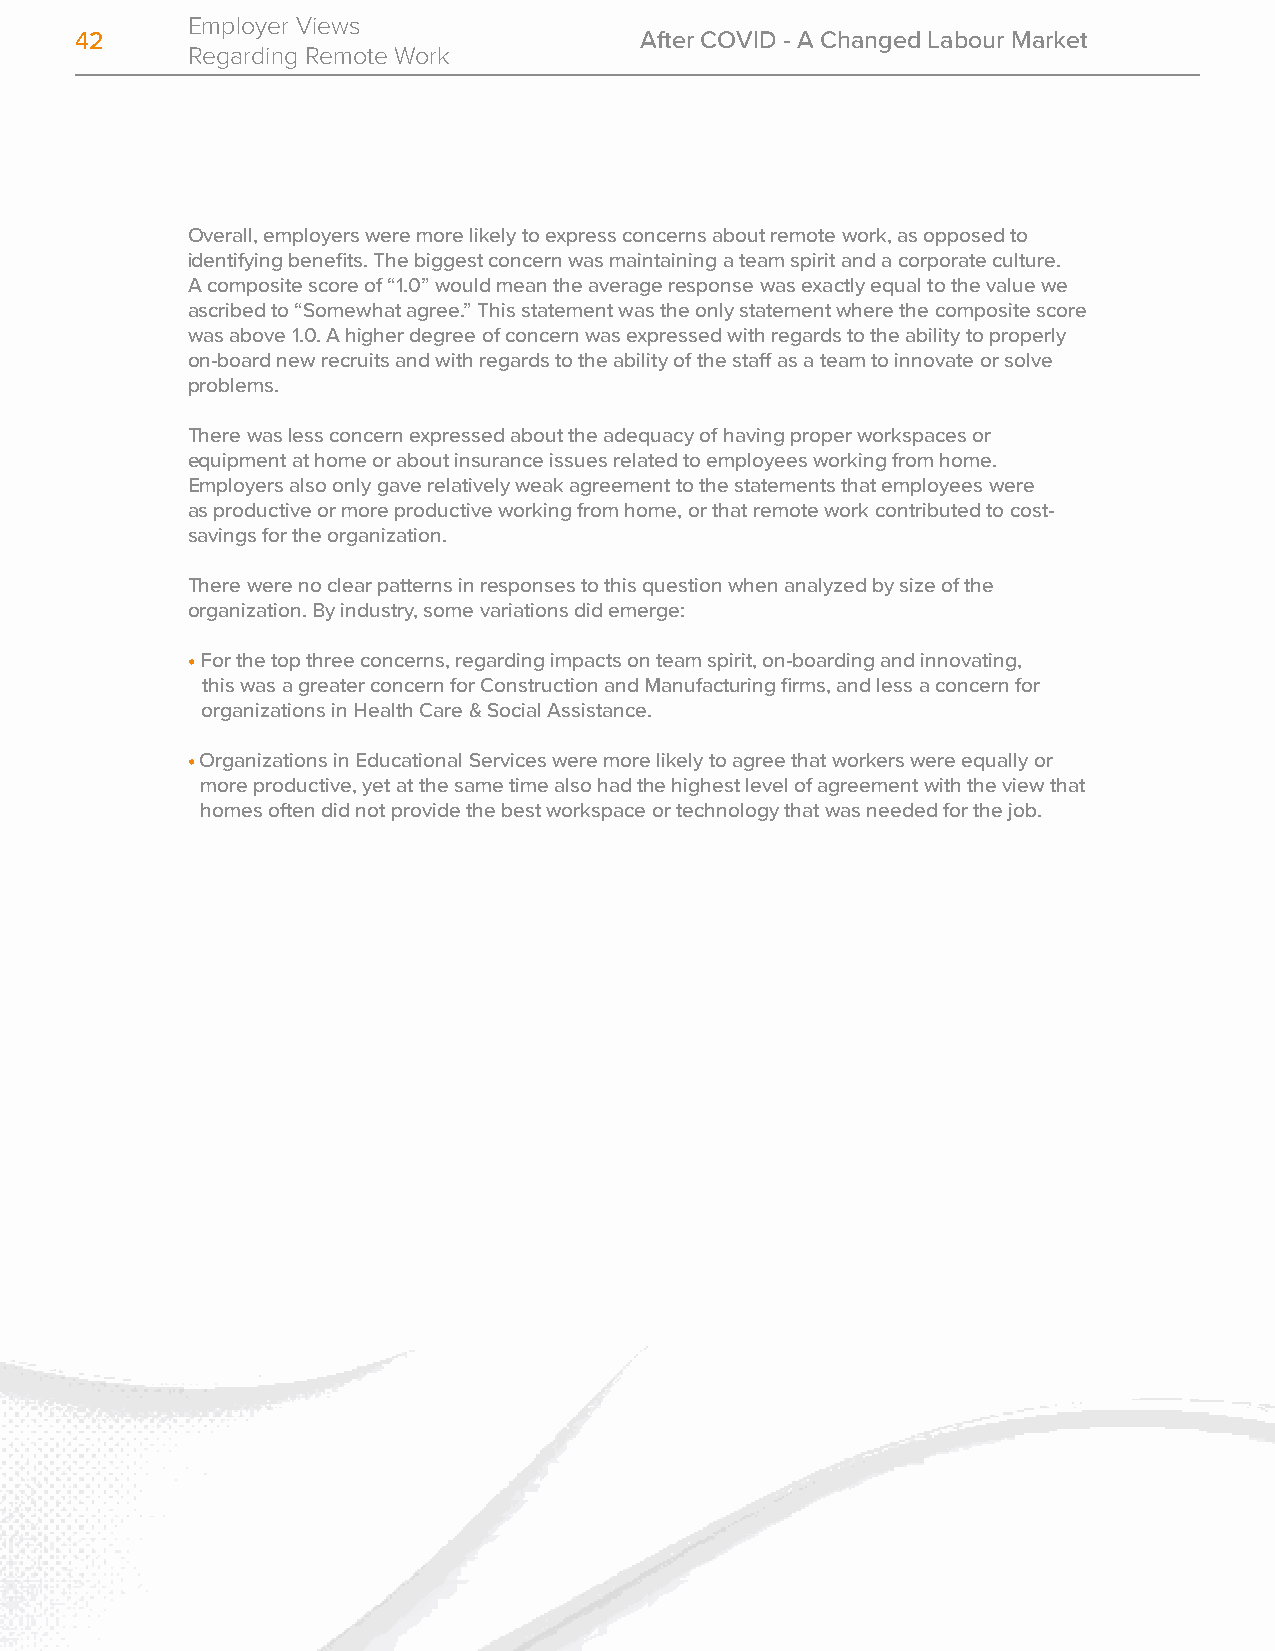
Employer Views
 42                                   After COVID - A Changed Labour Market
 Regarding Remote Work
 Overall, employers were more likely to express concerns about remote work, as opposed to
 identifying benefits. The biggest concern was maintaining a team spirit and a corporate culture.
 A composite score of “1.0” would mean the average response was exactly equal to the value we
 ascribed to “Somewhat agree.” This statement was the only statement where the composite score
 was above 1.0. A higher degree of concern was expressed with regards to the ability to properly
 on-board new recruits and with regards to the ability of the staff as a team to innovate or solve
 problems.
 There was less concern expressed about the adequacy of having proper workspaces or
 equipment at home or about insurance issues related to employees working from home.
 Employers also only gave relatively weak agreement to the statements that employees were
 as productive or more productive working from home, or that remote work contributed to cost-
 savings for the organization.
 There were no clear patterns in responses to this question when analyzed by size of the
 organization. By industry, some variations did emerge:
 • For the top three concerns, regarding impacts on team spirit, on-boarding and innovating,
 this was a greater concern for Construction and Manufacturing firms, and less a concern for
 organizations in Health Care & Social Assistance.
 • Organizations in Educational Services were more likely to agree that workers were equally or
 more productive, yet at the same time also had the highest level of agreement with the view that
 homes often did not provide the best workspace or technology that was needed for the job.